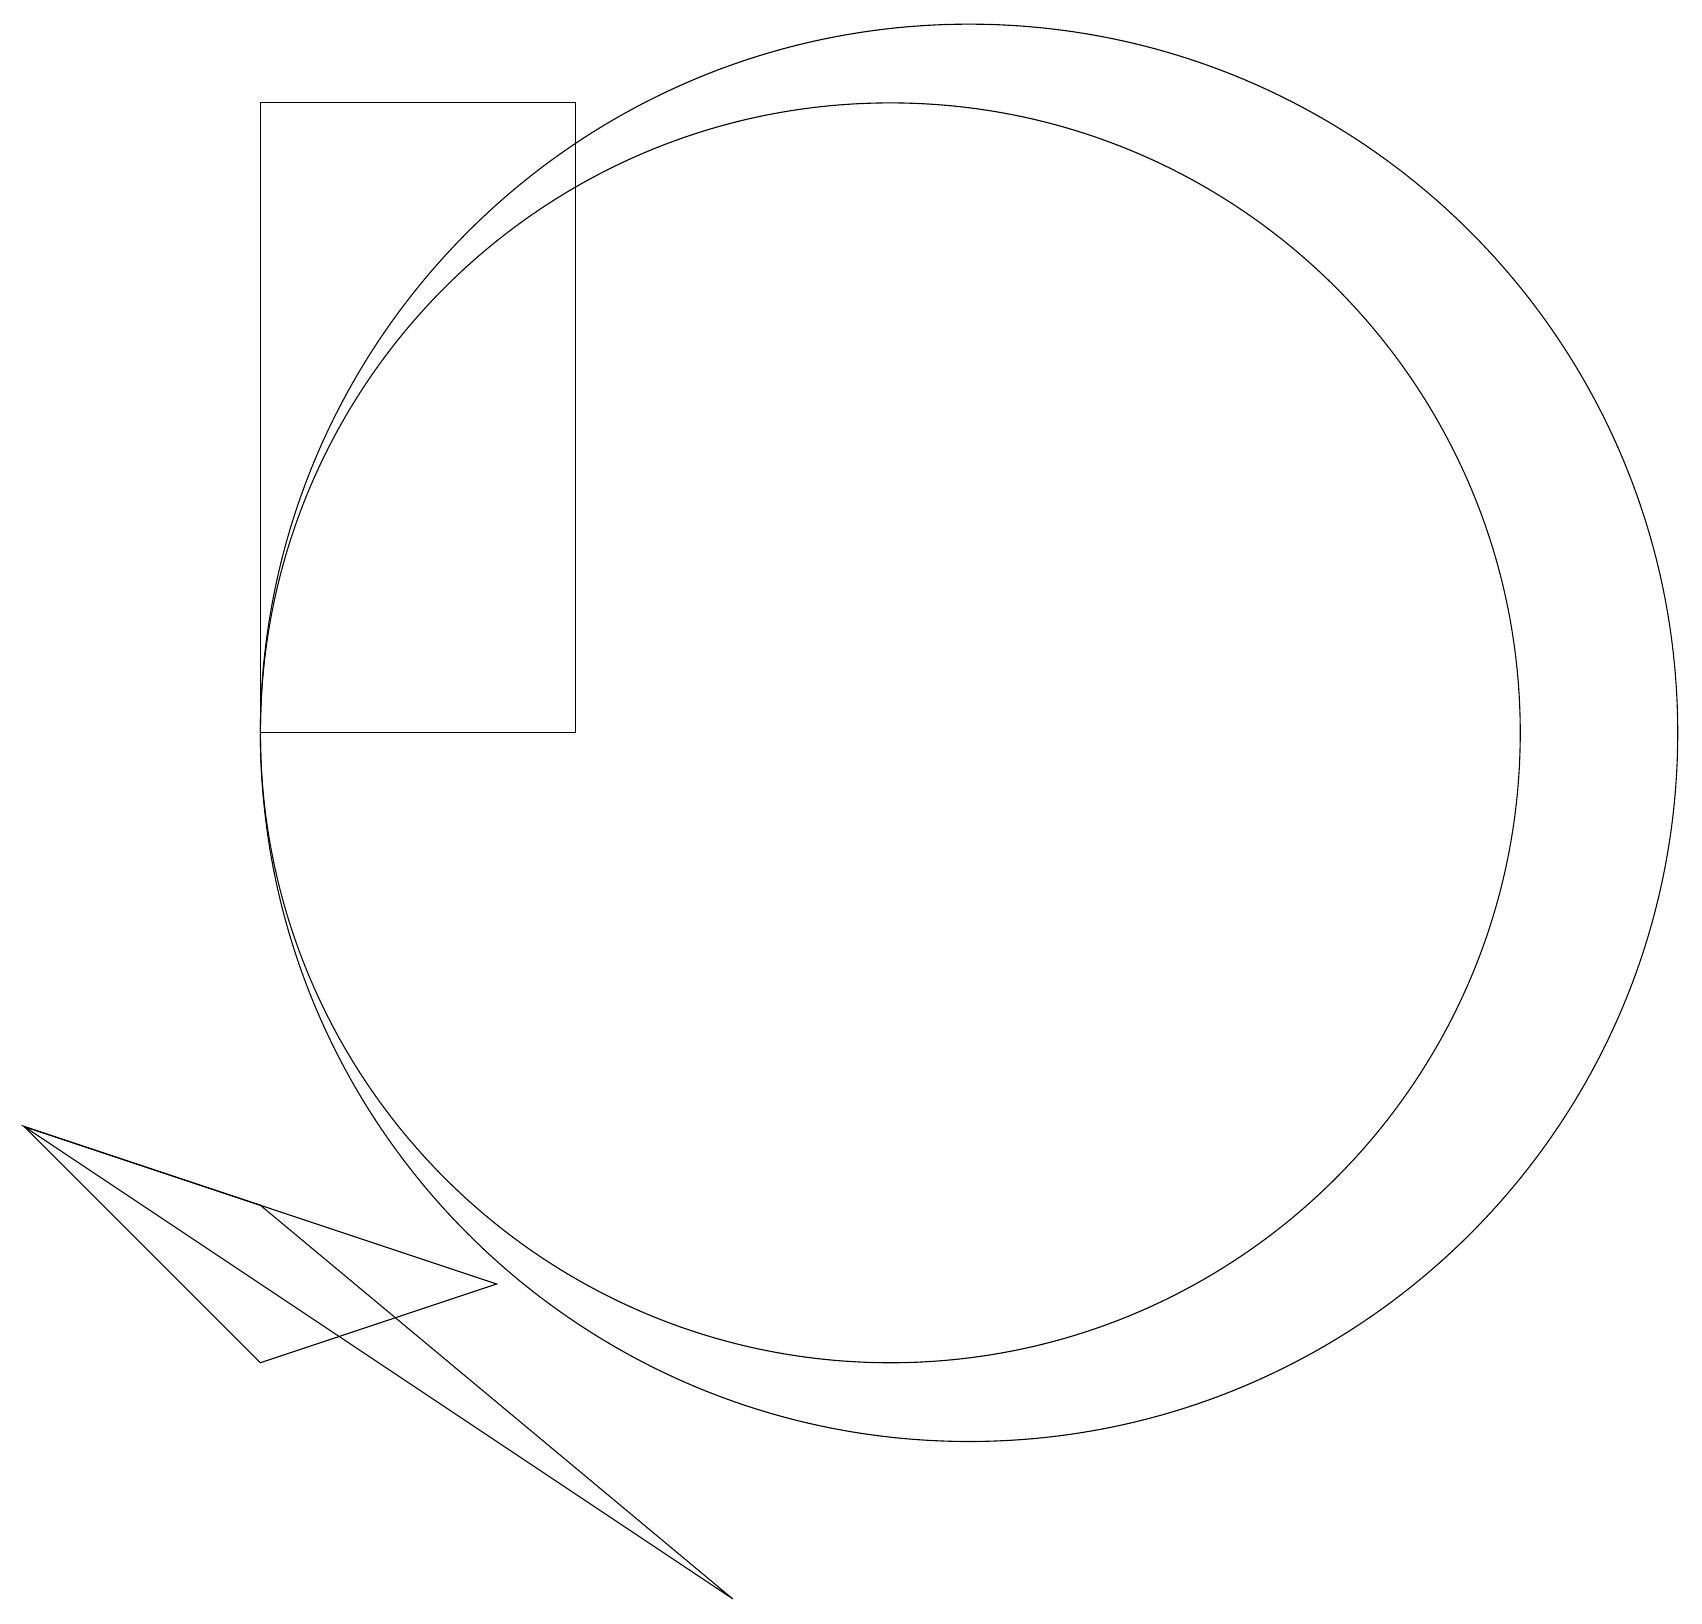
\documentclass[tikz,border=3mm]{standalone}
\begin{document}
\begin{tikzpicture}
\draw (0,6) -- (9,0) -- (3,5) -- cycle;
\draw (12,11) circle (9);
\draw (11,11) circle (8);
\draw (0,6) -- (3,3) -- (6,4) -- cycle;
\draw (3,11) rectangle (7,19);
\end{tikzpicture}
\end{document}